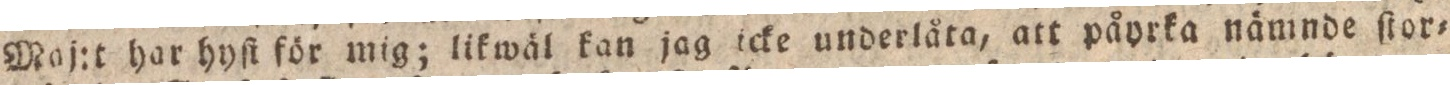
Maj:t har hyſi för mig; likwäl kan jag icke underlåta, att påyrka nämnde ſtor-